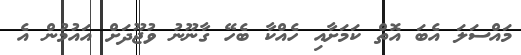
މައްސަލަ އެބަ އޮތް ކަމަށާއި ހެއްކާ ބެހޭ ގާނޫނު ވުޖޫދަށް އައުމުން އެ